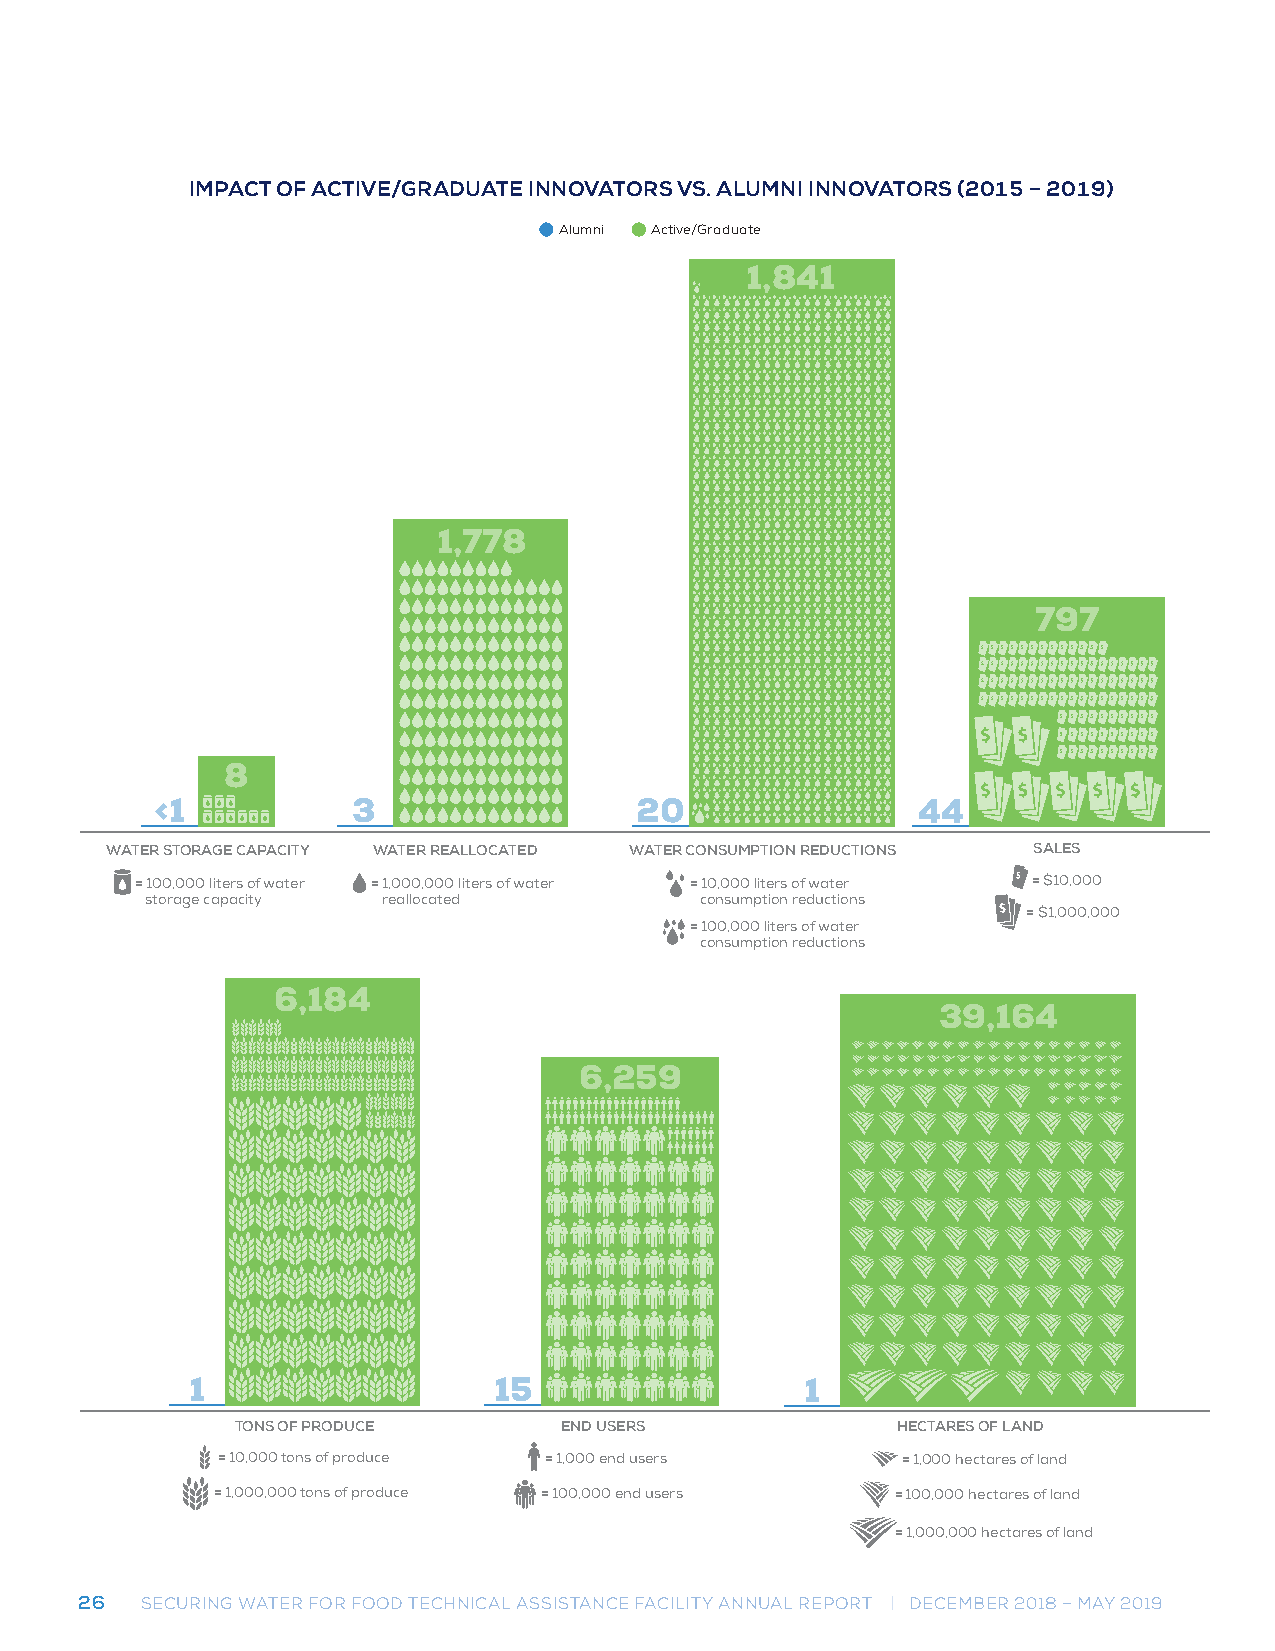
IMPACITM POAFC AT COFT IAVCET/IVGER/AGRDAUDAUTAET EIN INNNOOVVAATTOORRSS V VS.S A. LAULMUNMI INNNI IONVNAOTOVRAST (O20R1S5 (–2 2001159 –) 2019)
 Alumni Active/Graduate
 1,841
 1,778
 797
 8
 <1           3                  20                 44
 WATER STORAGE CAPACITY WATER REALLOCATED WATER CONSUMPTION REDUCTIONS SALES
 = 100,000 liters of water = 1,000,000 liters of water = 10,000 liters of water = $10,000
 storage capacity reallocated        consumption reductions
 = $1,000,000
 = 100,000 liters of water
 consumption reductions
 6,184
 39,164
 6,259
 1                 15
 1                   15                  1
 TONS OF PRODUCE      END USERS             HECTARES OF LAND
 = 10,000 tons of produce = 1,000 end users    = 1,000 hectares of land
 = 1,000,000 tons of produce = 100,000 end users = 100,000 hectares of land
 = 1,000,000 hectares of land
 26  SECURING WATER FOR FOOD TECHNICAL ASSISTANCE FACILITY ANNUAL REPORT | DECEMBER 2018 – MAY 2019